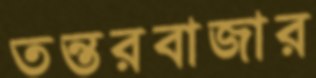
তন্তরবাজার